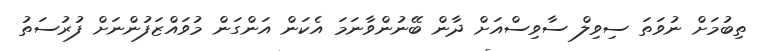
ތިބުމަށް ނުވަތަ ސިވިލް ސާވިސްއަށް ދާން ބޭނުންވާނަމަ އެކަން އަންގަން މުވައްޒަފުންނަށް ފުރުސަތު